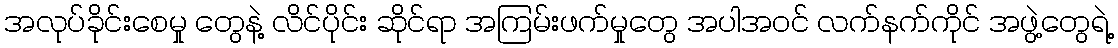
အလုပ်ခိုင်းစေမှု တွေနဲ့ လိင်ပိုင်း ဆိုင်ရာ အကြမ်းဖက်မှုတွေ အပါအဝင် လက်နက်ကိုင် အဖွဲ့တွေရဲ့